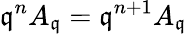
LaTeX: {\mathfrak{q}}^{n}A_{\mathfrak{q}}={\mathfrak{q}}^{n+1}A_{\mathfrak{q}}